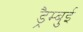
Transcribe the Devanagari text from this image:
ड्रैम्बुई